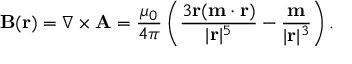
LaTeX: \mathbf { B } ( { \mathbf { r } } ) = \nabla \times { \mathbf { A } } = { \frac { \mu _ { 0 } } { 4 \pi } } \left( { \frac { 3 \mathbf { r } ( \mathbf { m } \cdot \mathbf { r } ) } { | \mathbf { r } | ^ { 5 } } } - { \frac { \mathbf { m } } { | \mathbf { r } | ^ { 3 } } } \right) .